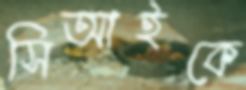
সিআইকে